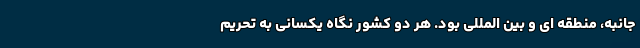
جانبه، منطقه ای و بین المللی بود. هر دو کشور نگاه یکسانی به تحریم